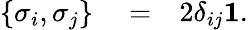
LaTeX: \begin{array}{rlr}{\left\{ \sigma_{i},\sigma_{j}\right\} }&{{}=}&{2\delta_{ij}{\mathbf 1}.}\end{array}